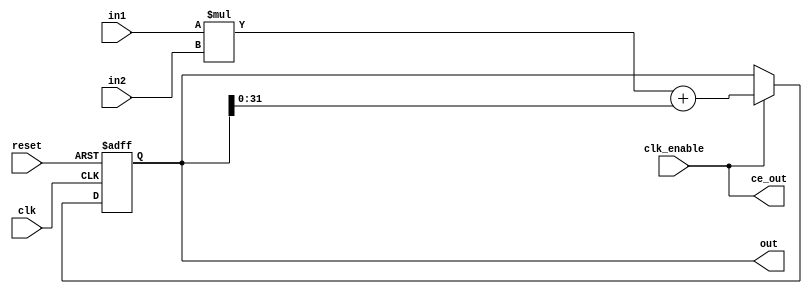
// -------------------------------------------------------------
// 
// 
// Generated by MATLAB 9.13 and HDL Coder 4.0
// 
// 
// -- -------------------------------------------------------------
// -- Rate and Clocking Details
// -- -------------------------------------------------------------
// Model base rate: 0.2
// Target subsystem base rate: 0.2
// 
// 
// Clock Enable  Sample Time
// -- -------------------------------------------------------------
// ce_out        0.2
// -- -------------------------------------------------------------
// 
// 
// Output Signal                 Clock Enable  Sample Time
// -- -------------------------------------------------------------
// out                           ce_out        0.2
// -- -------------------------------------------------------------
// 
// -------------------------------------------------------------


// -------------------------------------------------------------
// 
// Module: HDL_DUT
// Source Path: MAC_single/HDL_DUT
// Hierarchy Level: 0
// 
// -------------------------------------------------------------

`timescale 1 ns / 1 ns

module HDL_DUT
          (clk,
           reset,
           clk_enable,
           in1,
           in2,
           ce_out,
           out);


  input   clk;
  input   reset;
  input   clk_enable;
  input   signed [31:0] in1;  // int32
  input   signed [31:0] in2;  // int32
  output  ce_out;
  output  signed [64:0] out;  // sfix65


  wire enb;
  wire signed [63:0] Dot_Product_out1;  // sfix64
  reg signed [64:0] Memory_out1;  // sfix65
  wire signed [31:0] Data_Type_Conversion_out1;  // int32
  wire signed [64:0] Add_1;  // sfix65
  wire signed [64:0] Add_2;  // sfix65
  wire signed [64:0] Add_out1;  // sfix65


  assign Dot_Product_out1 = in1 * in2;



  assign enb = clk_enable;

  assign Data_Type_Conversion_out1 = Memory_out1[31:0];



  assign Add_1 = {Dot_Product_out1[63], Dot_Product_out1};
  assign Add_2 = {{33{Data_Type_Conversion_out1[31]}}, Data_Type_Conversion_out1};
  assign Add_out1 = Add_1 + Add_2;



  always @(posedge clk or posedge reset)
    begin : Memory_process
      if (reset == 1'b1) begin
        Memory_out1 <= 65'sh00000000000000000;
      end
      else begin
        if (enb) begin
          Memory_out1 <= Add_out1;
        end
      end
    end



  assign out = Memory_out1;

  assign ce_out = clk_enable;

endmodule  // HDL_DUT